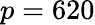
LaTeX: p=620